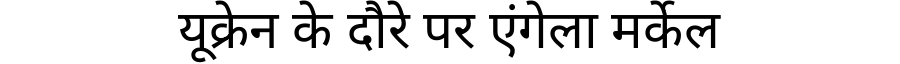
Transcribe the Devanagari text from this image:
यूक्रेन के दौरे पर एंगेला मर्केल